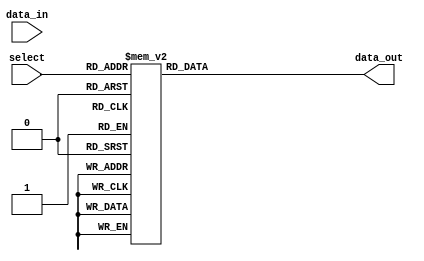
module demux_1to8 (
    input wire [2:0] select,
    input wire data_in,
    output reg [7:0] data_out
);

always @(*) begin
    case (select)
        3'b000: data_out = 8'b00000001;
        3'b001: data_out = 8'b00000010;
        3'b010: data_out = 8'b00000100;
        3'b011: data_out = 8'b00001000;
        3'b100: data_out = 8'b00010000;
        3'b101: data_out = 8'b00100000;
        3'b110: data_out = 8'b01000000;
        3'b111: data_out = 8'b10000000;
    endcase
end

endmodule